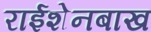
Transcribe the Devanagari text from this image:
राईशेनबाख